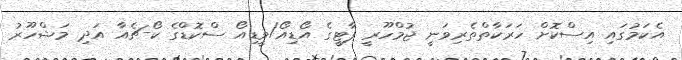
އެކަމުގައި އިސްކޮށް ހަރަކާތްތެރިވަނީ ޖުމްހޫރީ ޕާޓީގެ އޯޑިއޯ/ވީޑިއޯ ސްކޮޑްގެ ކޯ-ޗެއާ އަދި މަޝްހޫރު